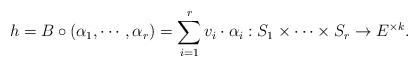
LaTeX: \begin{align*}h=B\circ \left(\alpha_1,\cdots,\alpha_r\right)=\sum \limits_{i=1}^r v_i \cdot \alpha_i :S_1\times \cdots \times S_r\rightarrow E^{\times k}.\end{align*}